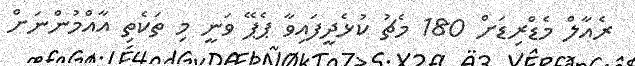
ރެއާލް މެޑްރިޑަށް 180 މެޗު ކުޅެދީފައިވާ ޕެޕޭ ވަނީ މި ތަކެތި އާއްމުންނަށް